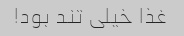
غذا خیلی تند بود!